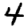
Digit: 4